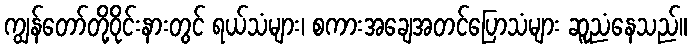
ကျွန်တော်တို့ဝိုင်းနားတွင် ရယ်သံများ၊ စကားအချေအတင်ပြောသံများ ဆူညံနေသည်။